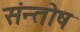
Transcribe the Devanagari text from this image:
संन्‍तोष